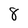
Character: 8